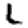
Digit: 2